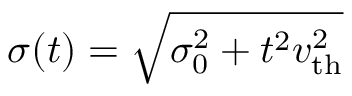
\sigma ( t ) = \sqrt { \sigma _ { 0 } ^ { 2 } + t ^ { 2 } v _ { \mathrm { t h } } ^ { 2 } }